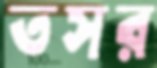
তসর